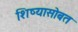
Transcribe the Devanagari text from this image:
शिष्यासोबत